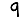
Digit: 9